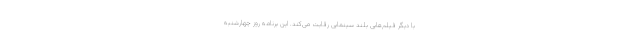
با دیگر فیلم‌هایی بلند سینمایی رقابت می‌کند. این برنامه روز چهارشنبه